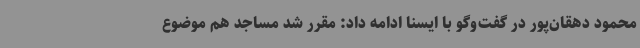
محمود دهقان‌پور در گفت‌وگو با ایسنا ادامه داد: مقرر شد مساجد هم موضوع